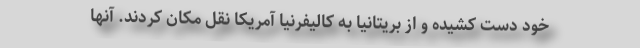
خود دست کشیده و از بریتانیا به کالیفرنیا آمریکا نقل مکان کردند. آنها